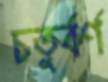
চতুর্বর্ণ